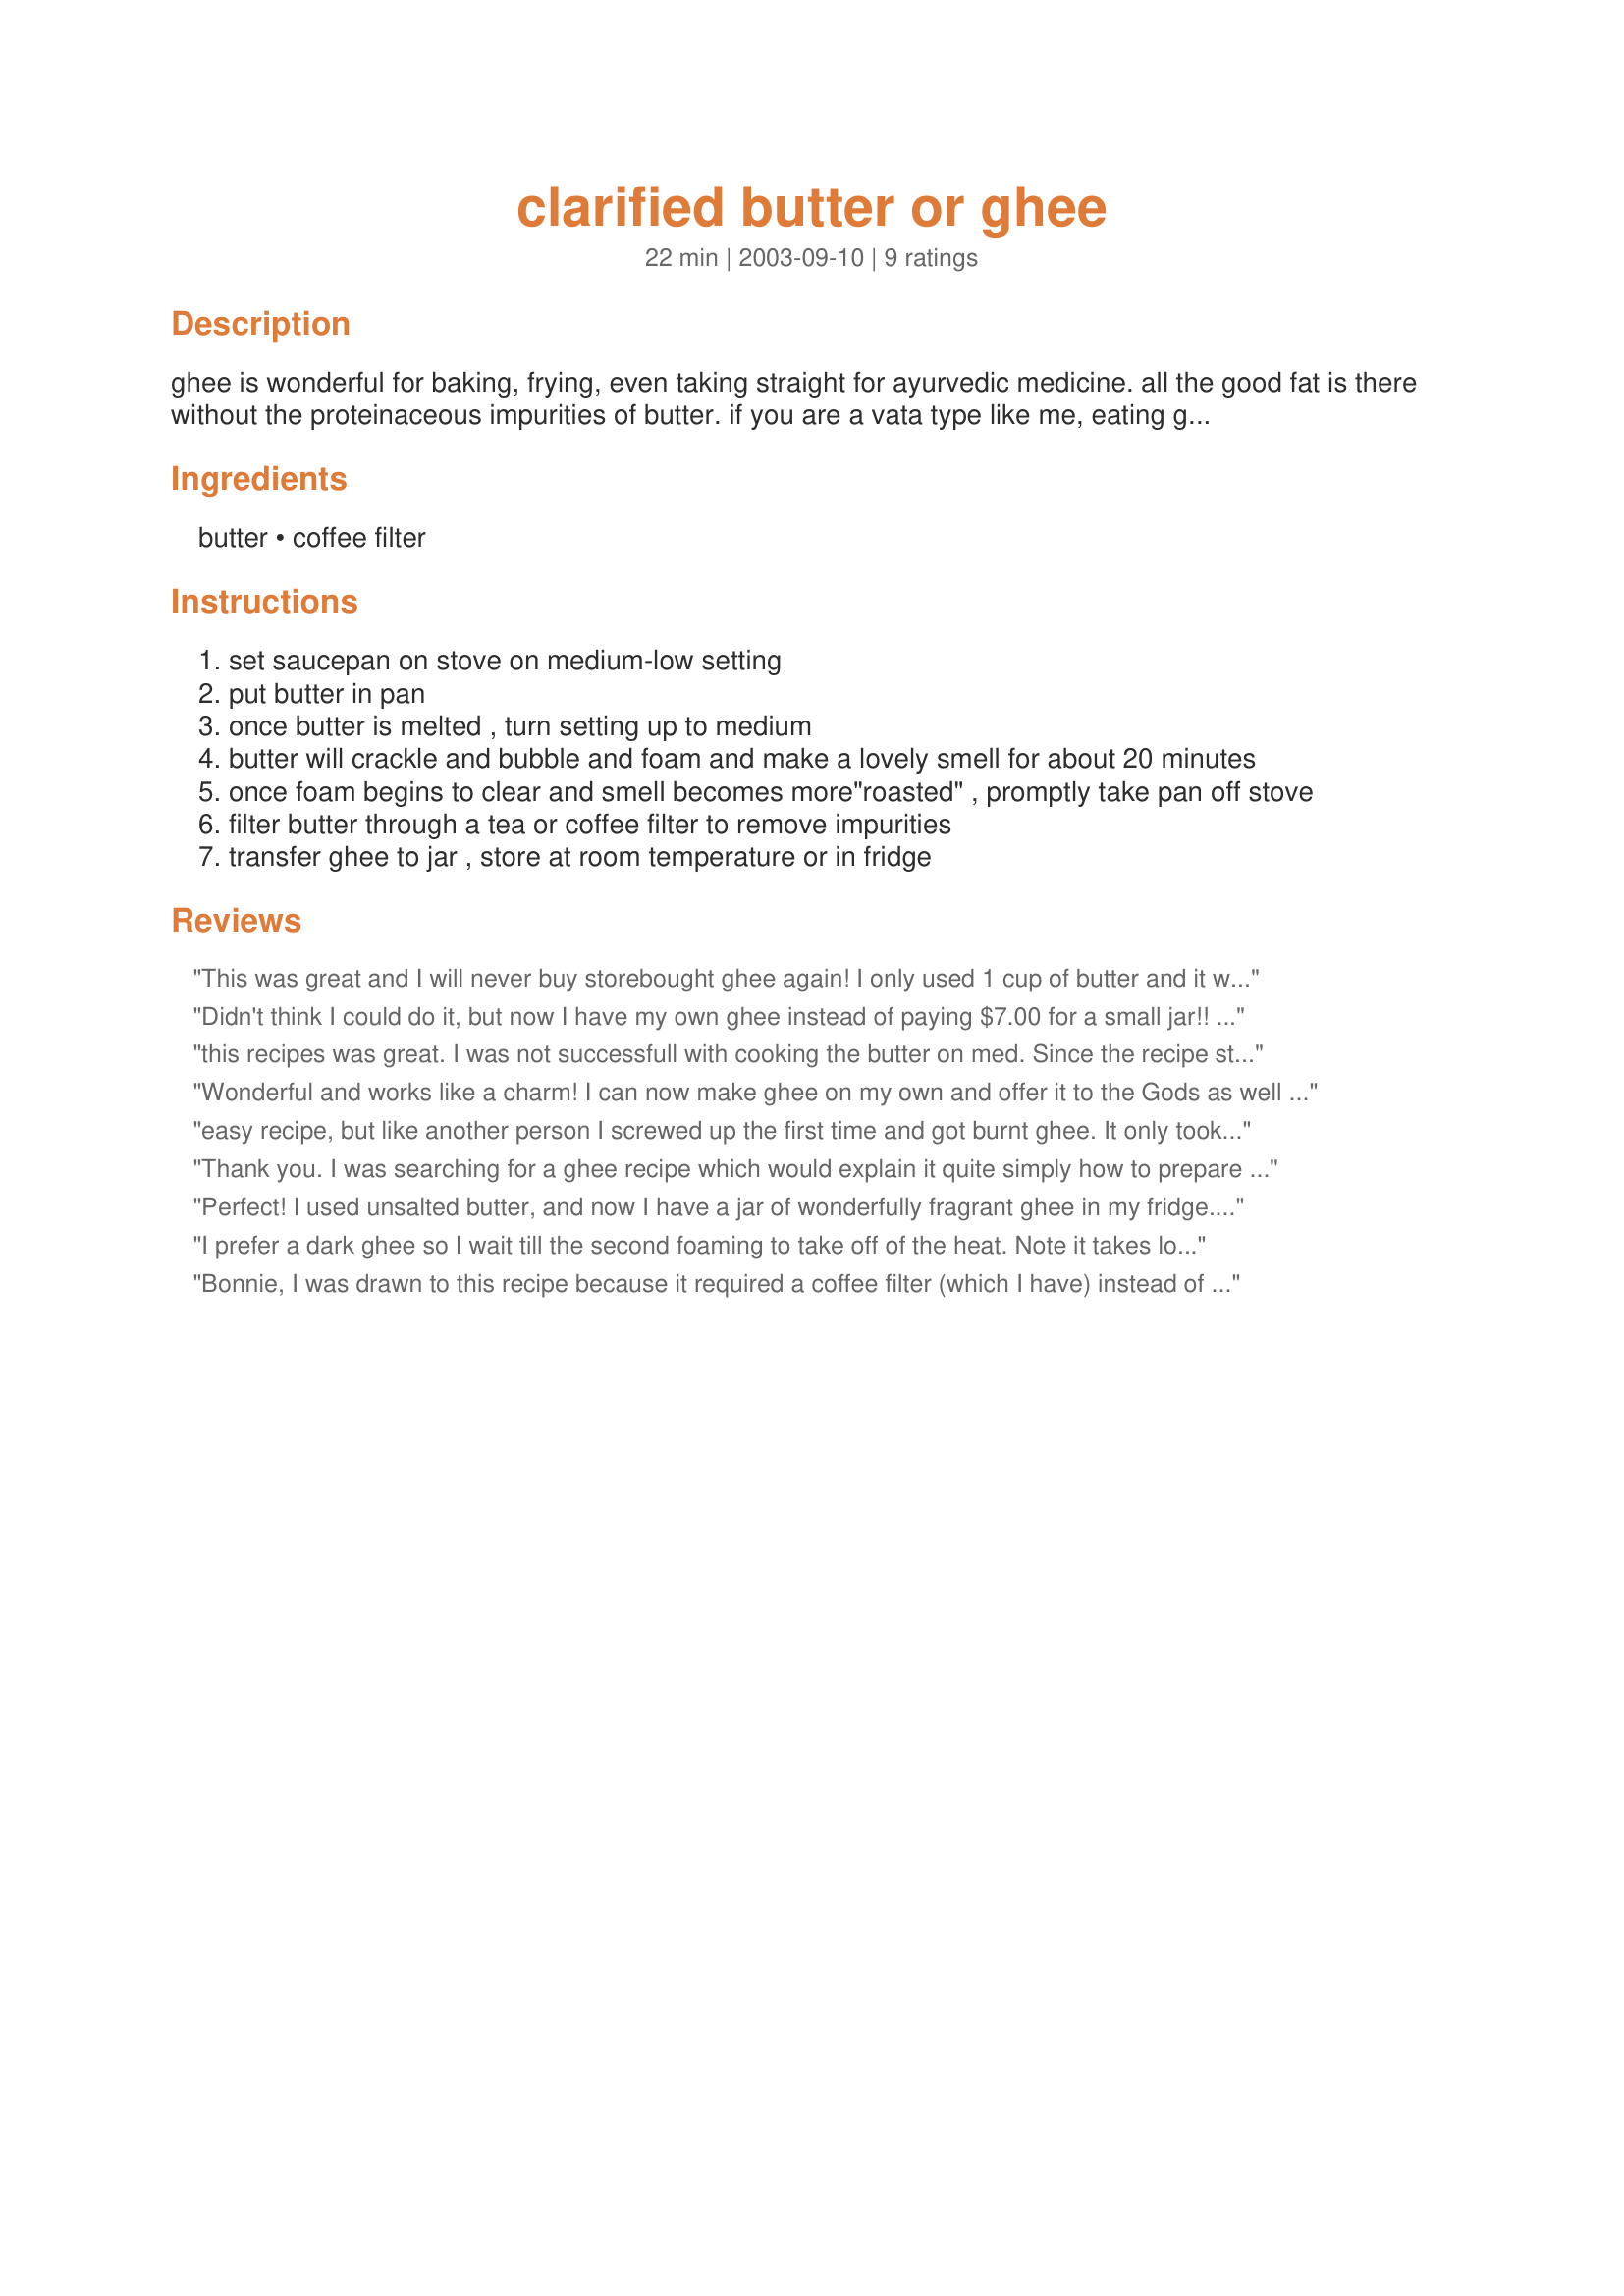
clarified butter or ghee
Preparation time: 22 minutes

ghee is wonderful for baking, frying, even taking straight for ayurvedic medicine. all the good fat is there without the proteinaceous impurities of butter. if you are a vata type like me, eating ghee often is enjoyable and healthful!

Ingredients:
butter, coffee filter

Steps:
set saucepan on stove on medium-low setting
put butter in pan
once butter is melted , turn setting up to medium
butter will crackle and bubble and foam and make a lovely smell for about 20 minutes
once foam begins to clear and smell becomes more"roasted" , promptly take pan off stove
filter butter through a tea or coffee filter to remove impurities
transfer ghee to jar , store at room temperature or in fridge

Reviews:
This was great and I will never buy storebought ghee again! I only used 1 cup of butter and it was ready after 12 minutes and probably could have come out a tad sooner as it was a touch dark. However, it still tastes awesome and I will be using this all the time. Thanks for posting!
Didn't think I could do it, but now I have my own ghee instead of paying $7.00 for a small jar!! Yay! Couldn't be easier.
this recipes was great. I was not successfull with cooking the butter on med. Since the recipe stated 20 min I walked away only to come back to burnt butter and a pan that still needs to soak. I tried again but kept the burner on low and had wonderful results. Thanks for the great recipe!
Wonderful and works like a charm! I can now make ghee on my own and offer it to the Gods as well in the oil lamps we light every evening! Wow, I'm quite thrilled at the thought! This is a great cooking tip! Thanks for sharing!
easy recipe, but like another person I screwed up the first time and got burnt ghee. It only took 5 min for me. I think the key is to catch it right at the point it's about to turn a caramel color and take it off the stove (which would be step 5 of the recipe). Thanks!
Thank you. I was searching for a ghee recipe which would explain it quite simply how to prepare it. I even went to the East Indian store to take a look at what the end result was supposed to look like so I wouldn't burn it or make it too dark. It's definitely cheaper to make than to buy!
Perfect! I used unsalted butter, and now I have a jar of wonderfully fragrant ghee in my fridge. I did burn myself through my own stupidity, so let that be a warning to all to be careful of the hot butter!
I prefer a dark ghee so I wait till the second foaming to take off of the heat. Note it takes longer but you get a darker color and more intense flavor very similar to carmel popcorn. Use caution and turn down the heat as you get close, because the ghee really heats up and the foaming comes out of the blue. You need to stand right at the stove for safety's sake. The pan will begin to change noises as the milk solids begin to toast on the bottom. Note that ghee will last six months or more, no refrigeration needed. The part that goes rancid - water content and protein, has been removed.
Bonnie, I was drawn to this recipe because it required a coffee filter (which I have) instead of cheesecloth (which I don't have)! Thanks for putting ghee within my reach, I used this in some Arabic cookies and they came out a treat!
